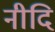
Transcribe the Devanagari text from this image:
नीदि